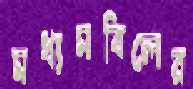
মধ্যমবিলের